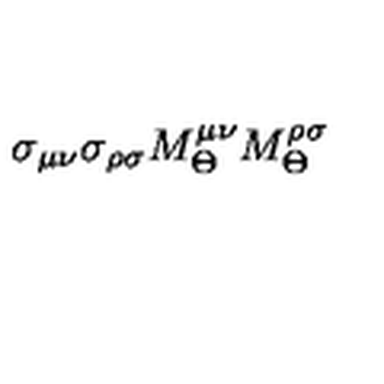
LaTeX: \sigma _ { \mu \nu } \sigma _ { \rho \sigma } M _ { \Theta } ^ { \mu \nu } M _ { \Theta } ^ { \rho \sigma }